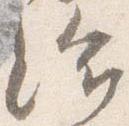
給